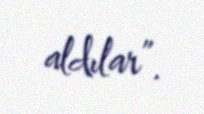
aldılar”.